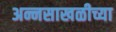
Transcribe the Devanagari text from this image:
अन्नसाखळीच्या